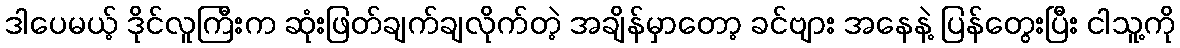
ဒါပေမယ့် ဒိုင်လူကြီးက ဆုံးဖြတ်ချက်ချလိုက်တဲ့ အချိန်မှာတော့ ခင်ဗျား အနေနဲ့ ပြန်တွေးပြီး ငါသူ့ကို